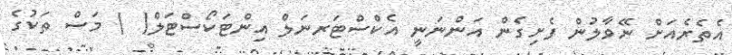
އެތެރެއަށް ނޭވާލުން ފެށިގެން އަންނަނީ އެކްސްޓަރނަލް އިންޓަކޯސްޓަލް(  ) މަސް ތަކުގެ